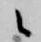
候